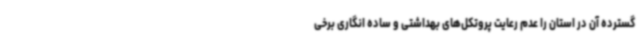
گسترده آن در استان را عدم رعایت پروتکل‌های بهداشتی و ساده انگاری برخی